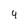
Character: 4